Annual report of the Imperial Bacteriologist
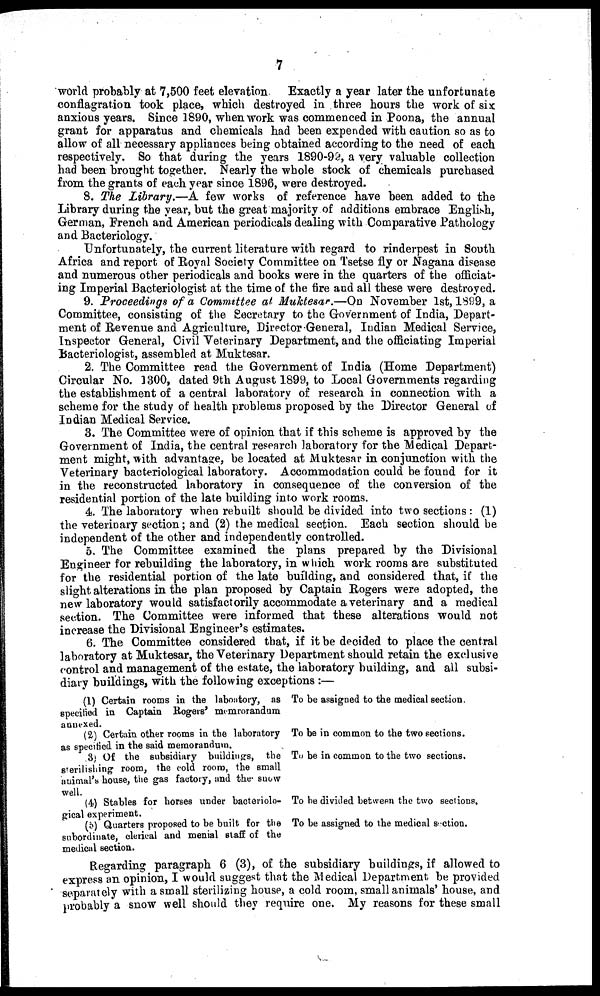
7
world probably at 7,500 feet elevation. Exactly a year later the unfortunate
conflagration took place, which destroyed in three hours the work of six
anxious years. Since 1890, when work was commenced in Poona, the annual
grant for apparatus and chemicals had been expended with caution so as to
allow of all necessary appliances being obtained according to the need of each
respectively. So that during the years 1890-99, a very valuable collection
had been brought together. Nearly the whole stock of chemicals purchased
from the grants of each year since 1896, were destroyed.
8. The Library.—A few works of reference have been added to the
Library during the year, but the great majority of additions embrace English,
German, French and American periodicals dealing with Comparative Pathology
and Bacteriology.
Unfortunately, the current literature with regard to rinderpest in South
Africa and report of Royal Society Committee on Tsetse fly or Nagana disease
and numerous other periodicals and books were in the quarters of the officiat-
ing Imperial Bacteriologist at the time of the fire and all these were destroyed.
9. Proceedings of a Committee at Muktesar.—On November 1st, 1899, a
Committee, consisting of the Secretary to the Government of India, Depart-
ment of Revenue and Agriculture, Director General, Indian Medical Service,
Inspector General, Civil Veterinary Department, and the officiating Imperial
Bacteriologist, assembled at Muktesar.
2. The Committee read the Government of India (Home Department)
Circular No. 1300, dated 9th August 1899, to Local Governments regarding
the establishment of a central laboratory of research in connection with a
scheme for the study of health problems proposed by the Director General of
Indian Medical Service.
3. The Committee were of opinion that if this scheme is approved by the
Government of India, the central research laboratory for the Medical Depart-
ment might, with advantage, be located at Muktesar in conjunction with the
Veterinary bacteriological laboratory. Accommodation could be found for it
in the reconstructed laboratory in consequence of the conversion of the
residential portion of the late building into work rooms.
4. The laboratory when rebuilt should be divided into two sections: (1)
the veterinary section; and (2) the medical section. Each section should be
independent of the other and independently controlled.
5. The Committee examined the plans prepared by the Divisional
Engineer for rebuilding the laboratory, in which work rooms are substituted
for the residential portion of the late building, and considered that, if the
slight alterations in the plan proposed by Captain Rogers were adopted, the
new laboratory would satisfactorily accommodate a veterinary and a medical
section. The Committee were informed that these alterations would not
increase the Divisional Engineer's estimates.
6. The Committee considered that, if it be decided to place the central
laboratory at Muktesar, the Veterinary Department should retain the exclusive
control and management of the estate, the laboratory building, and all subsi-
diary buildings, with the following exceptions :—
(1) Certain rooms in the laboatory, as To be assigned to the medical section,
specified in Captain Rogers' memrorandum
annexed.
(2) Certain other rooms in the laboratory To be in common to the two sections.
as specified in the said memorandum.
(3) Of the subsidiary buildings, the To be in common to the two sections.
sterilishing room, the cold room, the small
animal's house, the gas factory, and the snow
well.
(4) Stables for horses under bacteriolo- To be divided between the two sections.
gical experiment.
(5) Quarters proposed to be built for the To be assigned to the medical section,
subordinate, clerical and menial staff of the
medical section.
Regarding paragraph 6 (3), of the subsidiary buildings, if allowed to
express an opinion, I would suggest that the Medical Department be provided
separately with a small sterilizing house, a cold room, small animals' house, and
probably a snow well should they require one. My reasons for these small